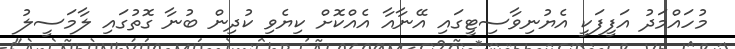
މުހައްމަދު އަފީފަކީ އެޔުނިވާސިޓީގައި އޭނާއާ އެއްކޮށް ކިޔެވި ކުދިން ބުނާ ގޮތުގައި ލާމަސީލު